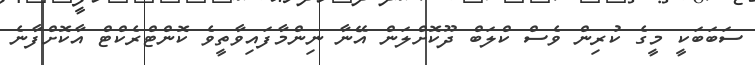
ސަބަބަކީ މީގެ ކުރިން ވެސް ކްލަބް ދޫކޮށްލަން އޭނާ ނިންމާފައިވާތީވެ ކޮންޓްރެކްޓް އާކޮށްފާނެ